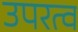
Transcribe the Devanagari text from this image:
उपरत्व